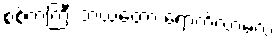
စစ်ကဲကြီး ဘယ်တော့ ရောက်လာမလဲ